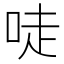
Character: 唗